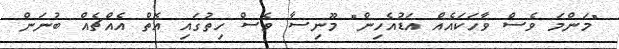
"މަންމަ ވެސް ވާހަކައެއް އަޑުއެހިން" މޫނިސާ ވެސް ހިތުގައި އޮތް އެއްޗެއް ބުނަން